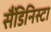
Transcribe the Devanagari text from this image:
सैंडिनिस्टा